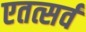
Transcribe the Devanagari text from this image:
एतत्सर्वं